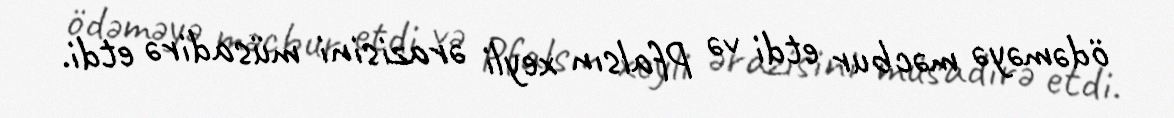
ödəməyə məcbur etdi və Pfalsın xeyli ərazisini müsadirə etdi.